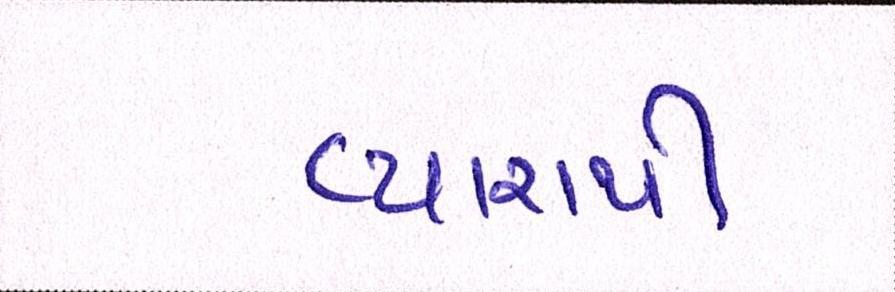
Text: વ્યારાથી